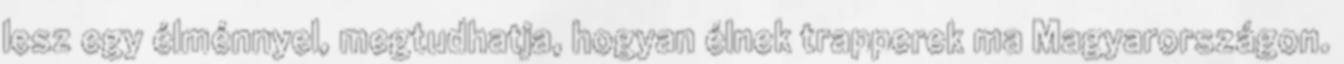
lesz egy élménnyel, megtudhatja, hogyan élnek trapperek ma Magyarországon.